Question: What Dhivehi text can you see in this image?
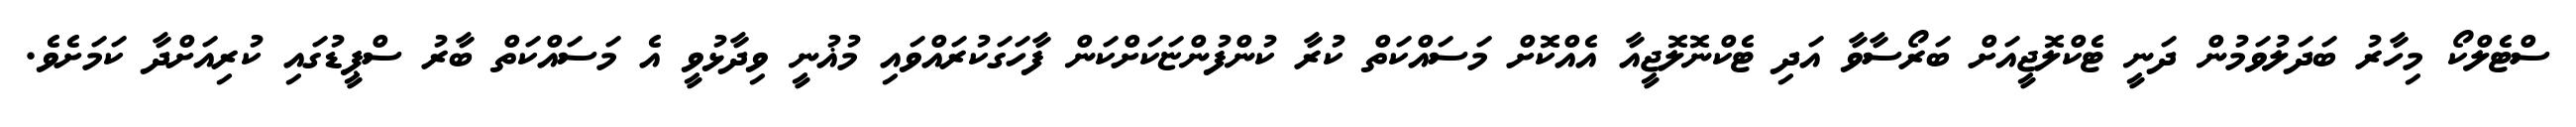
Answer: ސްޓެލްކޯ މިހާރު ބަދަލުވަމުން ދަނީ ޓެކްލޮޖީއަށް ބަރޯސާވާ އަދި ޓެކްނޮލޮޖީއާ އެއްކޮށް މަސައްކަތް ކުރާ ކުންފުންޏަކަށްކަން ފާހަގަކުރައްވައި މުޣުނީ ވިދާޅުވީ އެ މަސައްކަތް ބާރު ސްޕީޑުގައި ކުރިއަށްދާ ކަމަށެވެ.